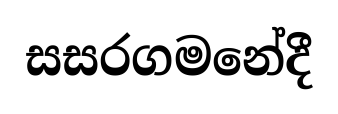
සසරගමනේදී